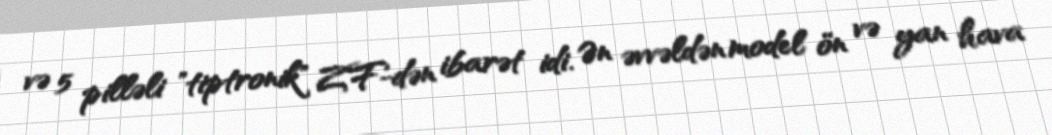
və 5 pilləli "tiptronik" ZF-dən ibarət idi. Ən əvvəldən model ön və yan hava